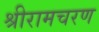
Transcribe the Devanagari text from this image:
श्रीरामचरण